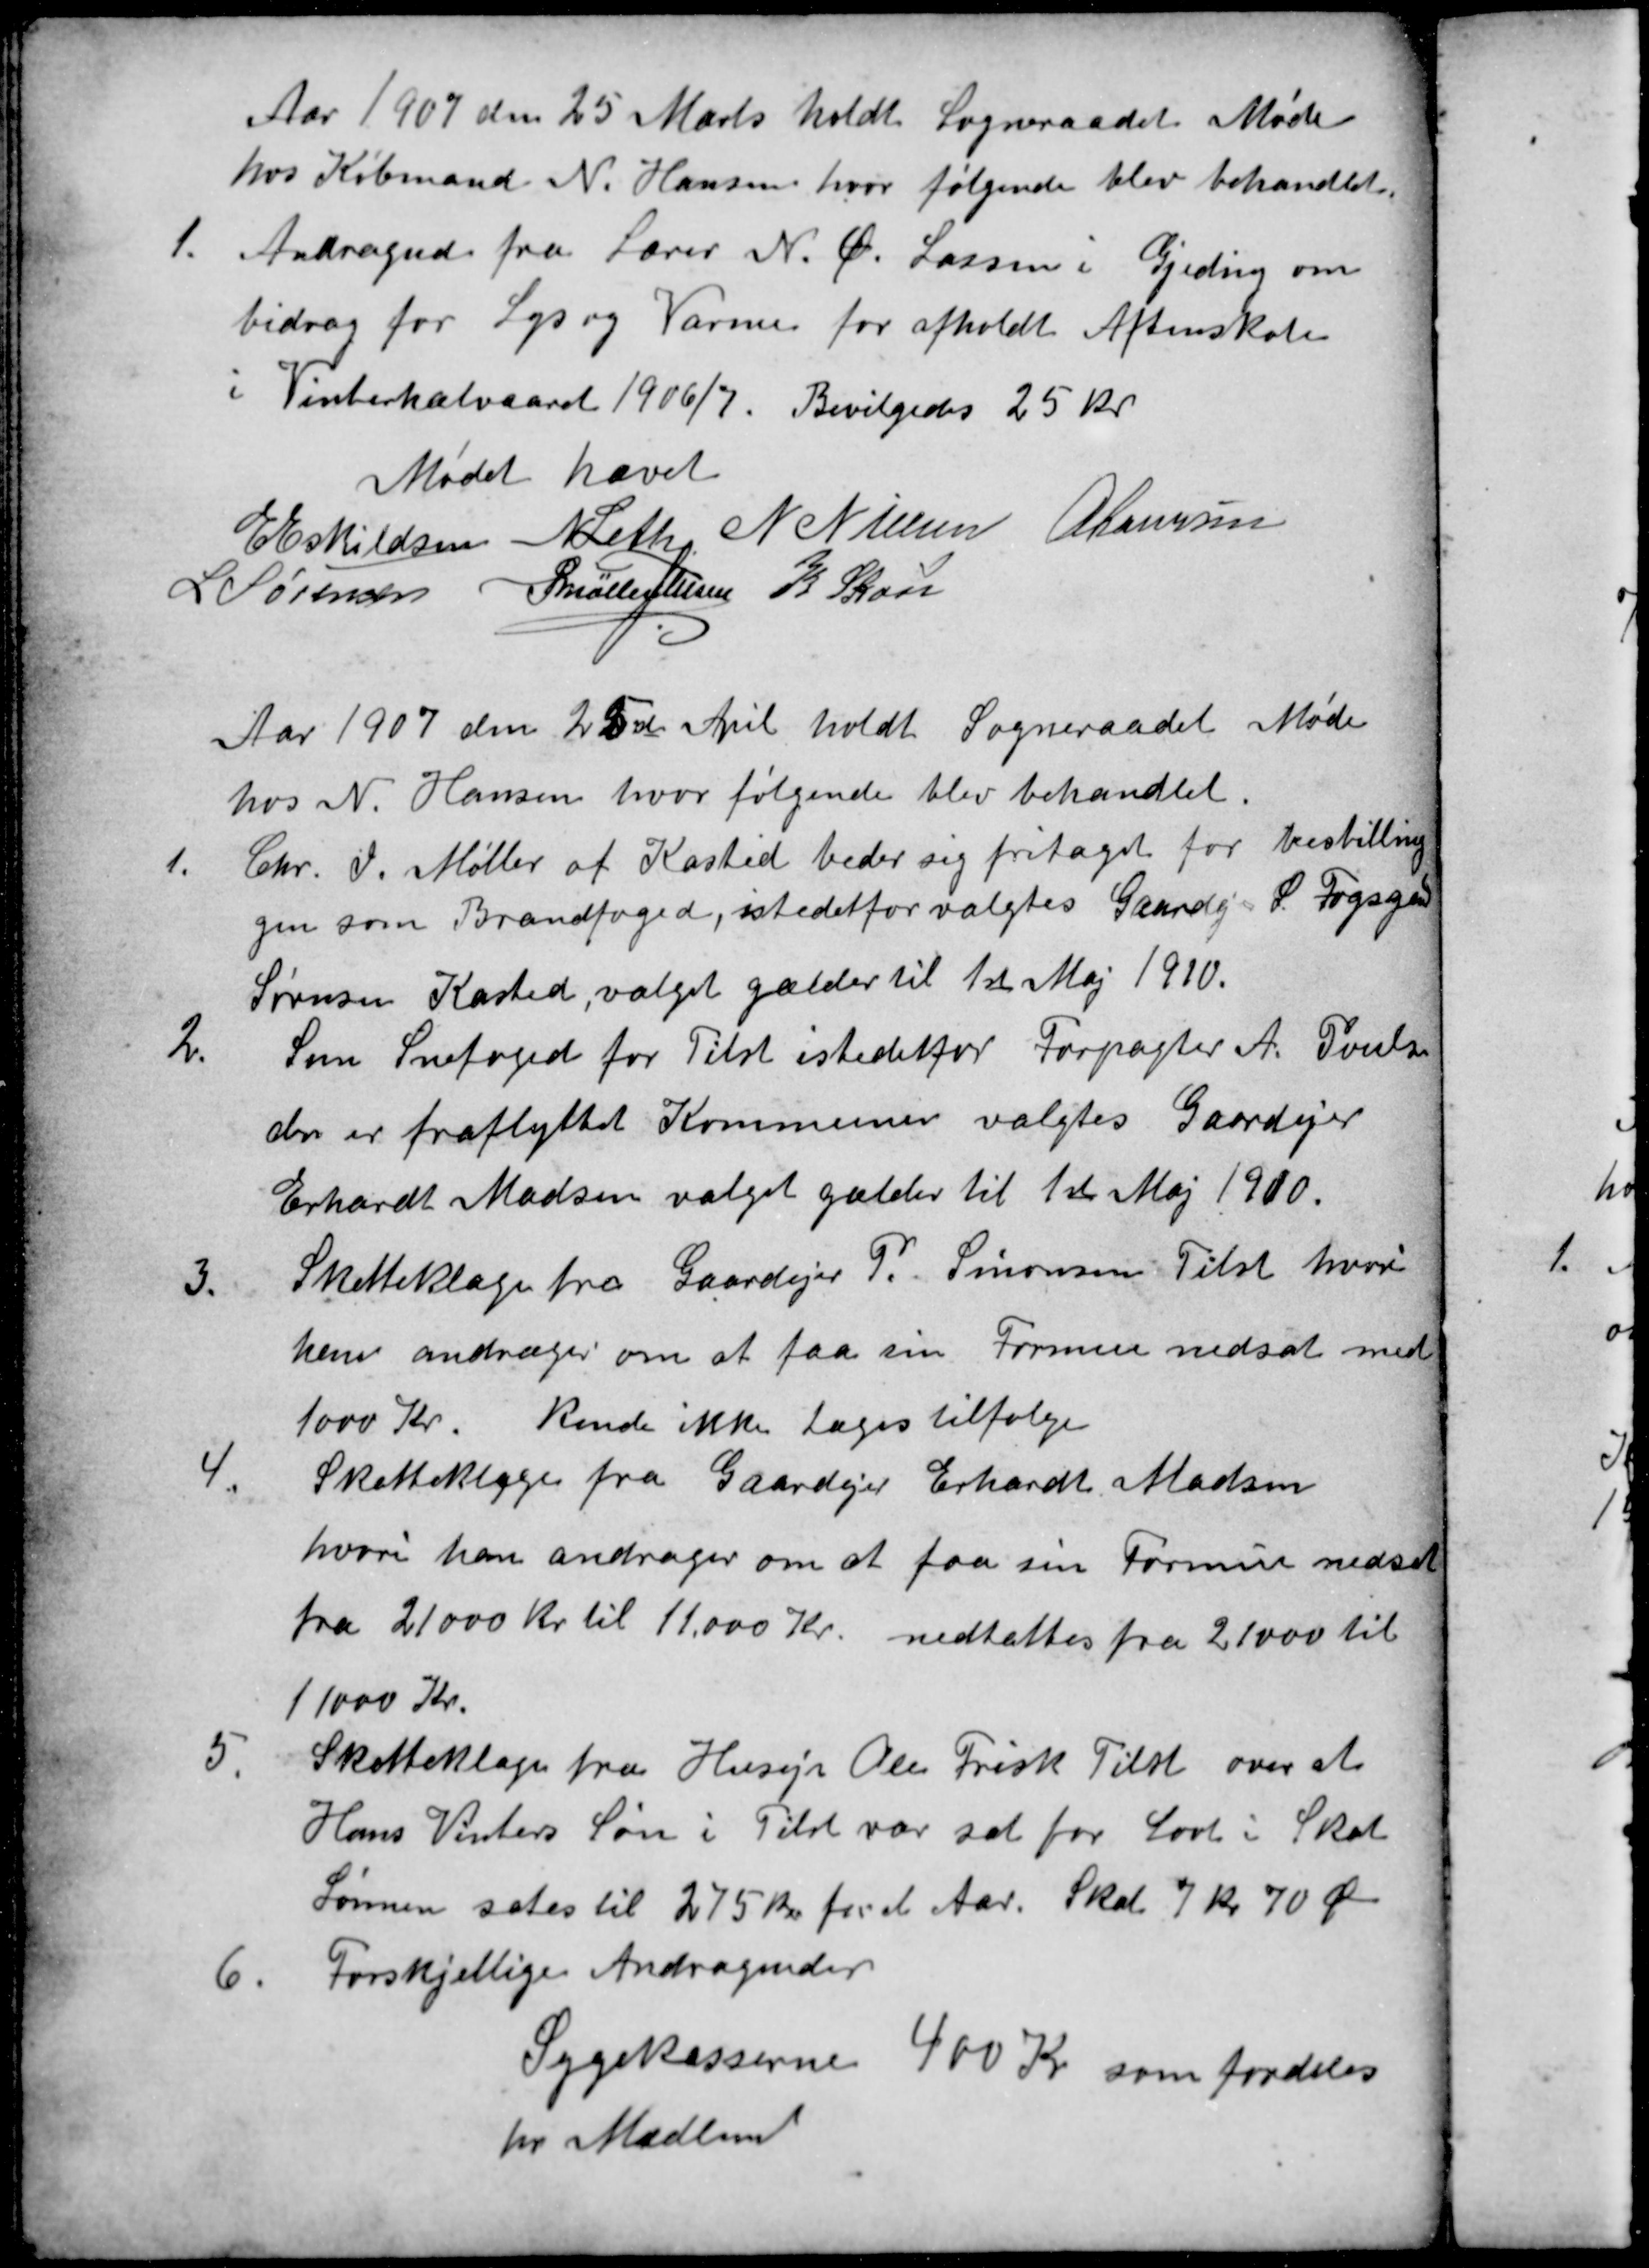
Transskription:
Aar 1907 den 25 Marts holdt Sogneraadet Møde
hos Købmand N. Hansen, hvor følgende blev behandlet.
1.
Andragende fra Lærer N. Ø. Lassen i Gjeding om
bidrag for Lys og Varme for afholdt Aftenskole
i Vinterhalvaaret 1906/7. Bevilgedes 25 kr
Mødet hævet
E Eskildsen
N Leth N Nielsen A Laursen
L Sørensen
P Møller Jensen K Skou
Aar 1907 den 25de April holdt Sogneraadet Møde
hos N. Hansen, hvor følgende blev behandlet.
1.
Chr. I. Møller af Kasted beder sig fritaget for bestilling
gen som Brandfoged, istedetfor valgtes Gaardejer S Fogsgaard
Sørensen Kasted, valget gælder til 1st Maj 1910.
2.
Som Snefoged for Tilst istedetfor Forpagter A. Poulsen
der er fraflyttet Kommunen valgtes Gaardejer
Erhardt Madsen valget gælder til 1st Maj 1910.
3.
Skatteklage fra Gaardejer P. Simonsen Tilst hvori
han andrager om at faa sin Formue nedsat med
1000 Kr. Kunde ikke tages tilfølge
4.
Skatteklage fra Gaardejer Erhardt Madsen
hvori han andrager om at faa sin Formue nedsat
fra 21000 Kr. til 11.000 Kr. nedsattes fra 21000 til
11000 Kr.
5.
Skatteklage fra Husejr Ole Frisk Tilst over at
Hans Vinters Søn i Tilst var sat for Lavt i Skat
Sønnen sates til 275 Kr for et Aar. Skat 7 Kr 70 Øre
6.
Forskjellige Andragender
Sygekasserne 400 Kr som fordeles
pr Medlem